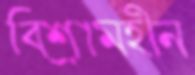
বিশ্রামহীন